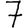
Digit: 7